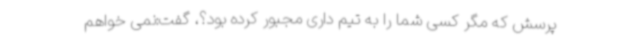
پرسش که مگر کسی شما را به تیم داری مجبور کرده بود؟، گفت:نمی خواهم